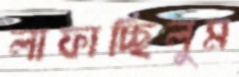
লাফাচ্ছিলুম